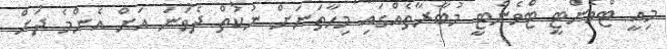
މިއީ ޓްވެންޓީ ޓްވެންޓީ މުބާރާތެއްގައި މިހާތަނަށް ނުކުތް ދެވަނަ އަށް އެންމެ ދަށް